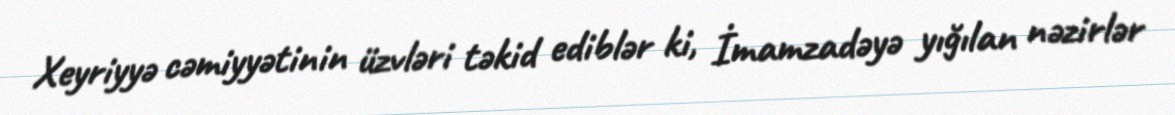
Xeyriyyə cəmiyyətinin üzvləri təkid ediblər ki, İmamzadəyə yığılan nəzirlər